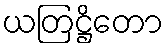
ယတြဋ္ဌိတော